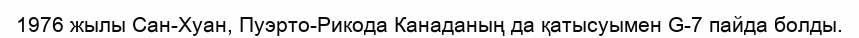
1976 жылы Сан-Хуан, Пуэрто-Рикодa Канаданың да қaтысуымен G-7 пайда болды.